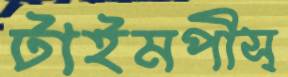
টাইমপীস্‌